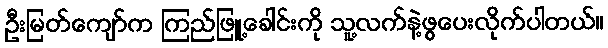
ဦးမြတ်ကျော်က ကြည်ဖြူ့ခေါင်းကို သူ့လက်နဲ့ဖွပေးလိုက်ပါတယ်။